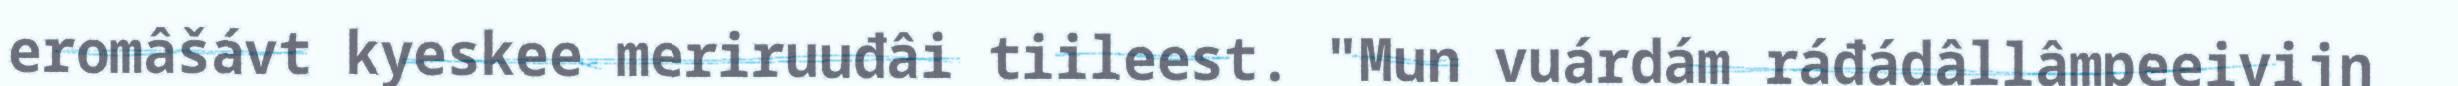
eromâšávt kyeskee meriruuđâi tiileest. "Mun vuárdám ráđádâllâmpeeivijn